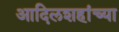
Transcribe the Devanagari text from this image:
आदिलशहांच्या